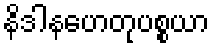
နိဒါနဟေတုပစ္စယာ